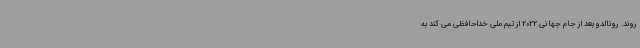
روند. رونالدو بعد از جام جهانی 2022 از تیم ملی خداحافظی می کند به